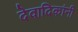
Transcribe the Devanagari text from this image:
देवादिकांनी